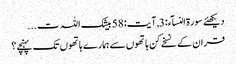
دیکھئے سورۃ النسآء:3 , آیت:58 بیشک اللہ ت...
قران کے نسخے کن ہاتھوں سے ہمارے ہاتھوں تک پہنچے؟